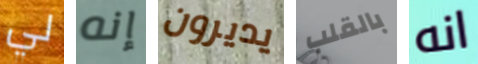
لي إنه يديرون بالقلب انه